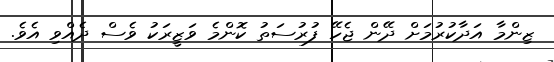
ޒިންމާ އަދާކުރުމަށް ދޭން ޖެހޭ ފުރުސަތު ކޮންމެ ވަޒީރަކު ވެސް ދެއްވި އެވެ.